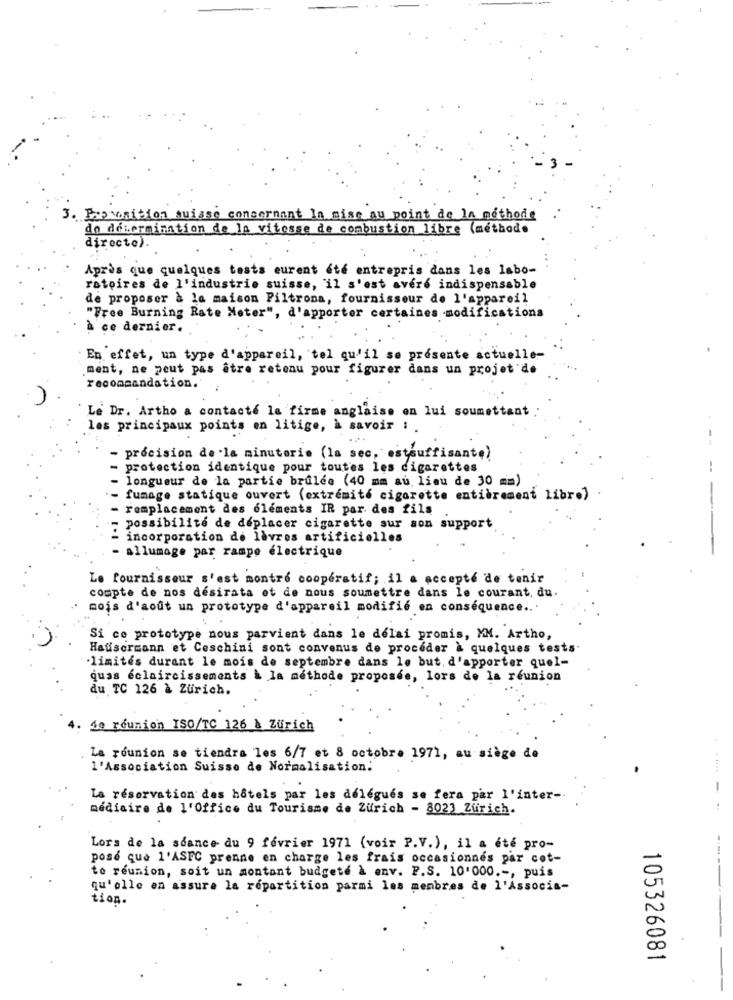
3. Proposition suisse concernant la mise au point de la methode
do determination de la vitesse de combustion libre (methode
directe).
Après que quelques tests eurent été entrepris dans les labo-
ratoires de l'industrie suisse, il s'est avéré indispensable
de proposer à la maison Filtrona, fournisseur de l'appareil
"Free Burning Rate Meter", d'apporter certaines -modifications
À ce dernier.
En effet, un type d'appareil, tel qu'il se présente actuelle-
ment, ne peut pas être retenu pour figurer dans un projet de
recommandation."
Le Dr. Artho a contacté la firme anglaise on lui soumettant
les principaux points en litige, à savoir : .
- précision de la minuterie (la sec, estsuffisante)
protection identique pour toutes les cigarettes
longueur de la partie brulée (40 mm au lieu de 30 mm)
fumage statique ouvert (extrémité cigarette entièrement libr.)
remplacement des éléments IR par des fils
possibilité de déplacer cigarette sur son support
incorporation de lèvres artificielles
- allumage par rampe électrique
Le fournisseur s'est montré coopératif; il a accepté de tenir
compte de nos désirata et de nous soumettre dans le courant, du
mois d'août un prototype d'appareil modifié en conséquence ...
Si ce prototype nous parvient dans le delai promis, MM. Artho,
Hausermann et Ceschini sont convenus de proceder à quelques tests
.limites durant le mois de septembre dans le but. d'apporter quel-
quas éclaircissements à la methode proposée, lors de la réunion
du TC 126 & Zurich.
10 reunion ISO/TC 126 A Zurich
La reunion se tiendra les 6/7 et 8 octobre 1971, au siège de
l'Association Suisse de Normalisation:
La réservation des hôtels par les délégués se fera par l'inter --
mediaire de l'Office du Tourisme de Zurich - 8023 Zurich.
Lors de la séance du 9 février 1971 (voir P.V.), il a été pro-
pose que l'ASFC prenne en charge les frais occasionnes par cot-
to reunion, soit un montant budgeté à env. P.S. 10'000 .-, puis
qu'elle en assure la répartition parmi les membres de l'Associa-
tion.
105326081